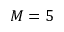
M = 5